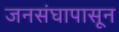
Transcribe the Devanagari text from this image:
जनसंघापासून